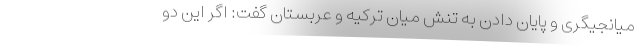
میانجیگری و پایان دادن به تنش میان ترکیه و عربستان گفت: اگر این دو